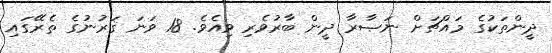
ދީންތަކުގެ މައްޗަށް ނަޞާރާ ދީން ބާރުވެރި ވިއެވެ. 18 ވަނަ ޤަރުނުގެ ތެރޭގައި